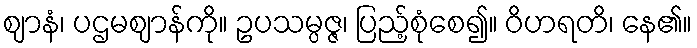
ဈာနံ၊ ပဌမဈာန်ကို။ ဥပသမ္ပဇ္ဇ၊ ပြည့်စုံစေ၍။ ဝိဟရတိ၊ နေ၏။